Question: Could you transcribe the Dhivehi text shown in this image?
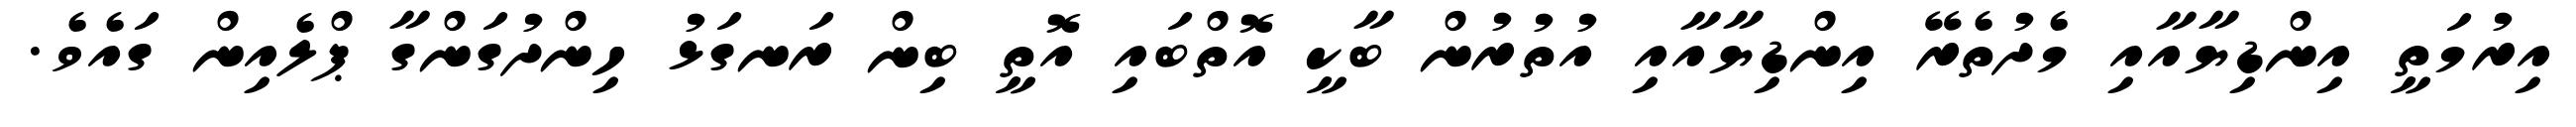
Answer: އިރުމަތީ އިންޑިޔާއާއި މެދުތެރޭ އިންޑިޔާއާއި އުތުރުން ބާކީ އޮތްބައި އޮތީ ބިން ރަނގަޅު ހިންދުގަންގާ ޕްލެއިން ގައެވެ.